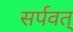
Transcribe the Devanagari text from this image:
सर्पवत्